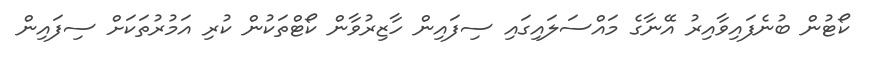
ކޯޓުން ބުނެފައިވާއިރު އޭނާގެ މައްސަލައިގައި ސިފައިން ހާޒިރުވާން ކޯޓްތަކުން ކުރި އަމުރުތަކަށް ސިފައިން